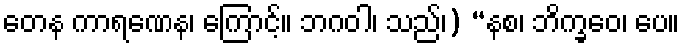
တေန ကာရဏေန၊ ကြောင့်။ ဘဂဝါ၊ သည်၊) “နစ၊ ဘိက္ခဝေ၊ ပေ။